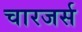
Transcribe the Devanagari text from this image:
चारजर्स